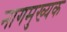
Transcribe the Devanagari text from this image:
नागमुख्यक